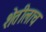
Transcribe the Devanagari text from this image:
शेतीलाच